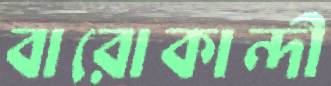
বারোকান্দী